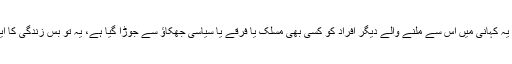
نہ اس فرد کو یہ کہانی میں اس سے ملنے والے دیگر افراد کو کسی بھی مسلک یا فرقے یا سیاسی جھکاؤ سے جوڑا گیا ہے، یہ تو بس زندگی کا ایک حصہ ہے۔